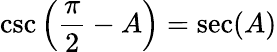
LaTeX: \csc\left({\frac{\pi}{2}}-A\right)=\sec(A)